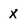
Character: x